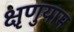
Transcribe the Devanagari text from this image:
क्षृणुयाम